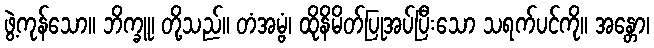
ဖွဲ့ကုန်သော။ ဘိက္ခူ၊ တို့သည်။ တံအမ္ဗံ၊ ထိုနိမိတ်ပြုအပ်ပြီးသော သရက်ပင်ကို။ အန္တော၊